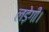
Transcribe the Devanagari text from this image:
लड़ेगी।